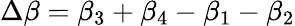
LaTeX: \Delta\beta=\beta_{3}+\beta_{4}-\beta_{1}-\beta_{2}